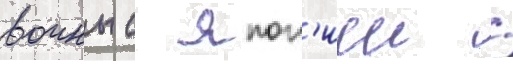
воины с япон'иеи /